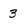
Character: 3